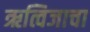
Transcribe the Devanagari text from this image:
ऋत्विजाचा